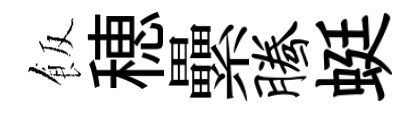
飯穂纍腾蜓